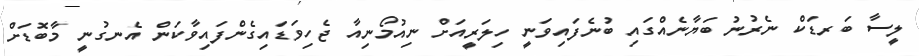
ލީސާ ބަރޑަކް ނެރުނު ބަޔާނެއްގައި ބުނެފައިވަނީ ހިލަރީއަށް ނިއުމޯނިއާ ޖެހިވަޑައިގެންފައިވާކަން އެނގުނީ މާބޮޑަށް